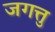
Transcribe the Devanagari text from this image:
जगत्तु